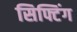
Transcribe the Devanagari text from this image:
सिफ्टिंग